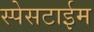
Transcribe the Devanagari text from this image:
स्पेसटाईम